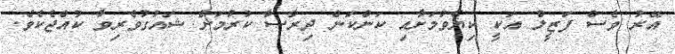
އޭރު ވެސް ފަޒީލް އަކީ ކިޔެވުމަށާއި ކަންކަން ދިރާސާ ކުރުމަށް ޝައުގުވެރިވާ ކުއްޖެކެވެ.